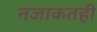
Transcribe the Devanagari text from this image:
नजाकतही